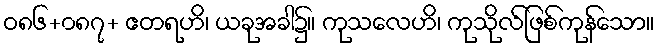
ဝ၈၆+၀၈၇+ ဧတရဟိ၊ ယခုအခါ၌။ ကုသလေဟိ၊ ကုသိုလ်ဖြစ်ကုန်သော။